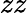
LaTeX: zz